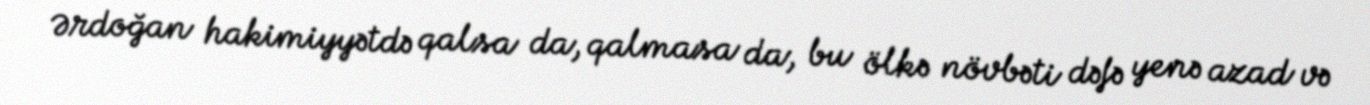
Ərdoğan hakimiyyətdə qalsa da, qalmasa da, bu ölkə növbəti dəfə yenə azad və